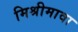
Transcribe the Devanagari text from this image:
मिश्रीमावा